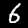
Label: 6